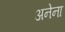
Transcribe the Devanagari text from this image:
अनेना